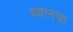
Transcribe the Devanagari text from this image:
ध्यानचा